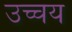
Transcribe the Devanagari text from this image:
उच्चय